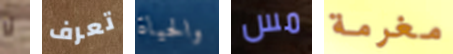
لا تعرف والحياة مس مغرمة